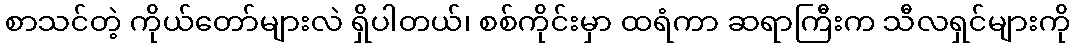
စာသင်တဲ့ ကိုယ်တော်များလဲ ရှိပါတယ်၊ စစ်ကိုင်းမှာ ထရံကာ ဆရာကြီးက သီလရှင်များကို